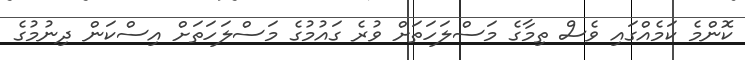
ކޮންމެ ކަމެއްގައި ވެސް ތިމާގެ މަސްލަހަތަށް ވުރެ ގައުމުގެ މަސްލަހަތަށް އިސްކަން ދިނުމުގެ